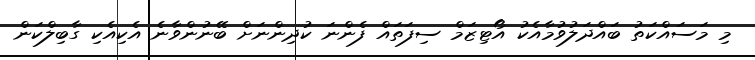
މި މަސައްކަތު ބައްދަލުވުމާއެކު އޯޓިޒަމް ސިފަތައް ފެންނަ ކުދިންނަށް ބޭނުންވާނެ އެކިއެކި ގާބިލްކަން